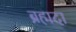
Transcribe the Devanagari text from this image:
ब्रह्मदा